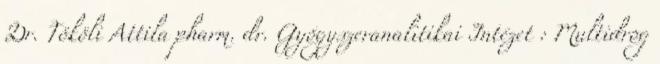
Dr. Tököli Attila pharm. dr. Gyógyszeranalitikai Intézet : Multidrog